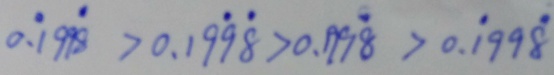
0 . \dot { 1 } 9 9 \dot { 8 } > 0 . 1 9 \dot { 9 } \dot { 8 } > 0 . 1 9 9 \dot { 8 } > 0 . \dot { 1 } 9 9 \dot { 8 }